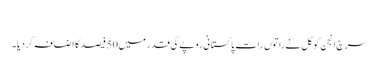
‎
سرچ انجن گوگل نے راتوں رات پاکستانی روپے کی قدر میں 50 فیصد کا اضافہ کردیا۔